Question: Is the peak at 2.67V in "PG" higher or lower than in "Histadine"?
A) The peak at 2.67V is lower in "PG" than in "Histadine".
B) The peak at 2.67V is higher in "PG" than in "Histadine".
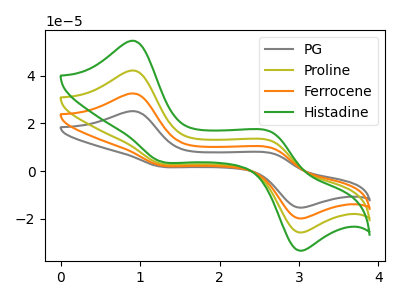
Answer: <think>The gray curve "PG" has anodic peaks at (0.90V, 126.40uA) (2.65V, 37.20uA) and cathodic peaks at (1.25V, 9.45uA) (2.95V, -76.40uA). The olive curve "Proline" has anodic peaks at (0.90V, 42.15uA) (2.65V, 12.40uA) and cathodic peaks at (1.25V, 3.15uA) (2.95V, -25.45uA). The orange curve "Ferrocene" has anodic peaks at (0.90V, 84.25uA) (2.65V, 24.80uA) and cathodic peaks at (1.25V, 6.30uA) (2.95V, -50.95uA). The green curve "Histadine" has anodic peaks at (0.90V, 54.60uA) (2.65V, 16.05uA) and cathodic peaks at (1.25V, 4.10uA) (2.95V, -33.00uA).</think>
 <answer>B) The peak at 2.67V is higher in "PG" than in "Histadine".</answer>
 <eval>B</eval>